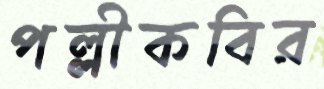
পল্লীকবির